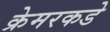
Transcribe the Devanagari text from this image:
क्रेमरकडे